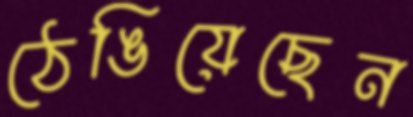
ঠেঙিয়েছেন